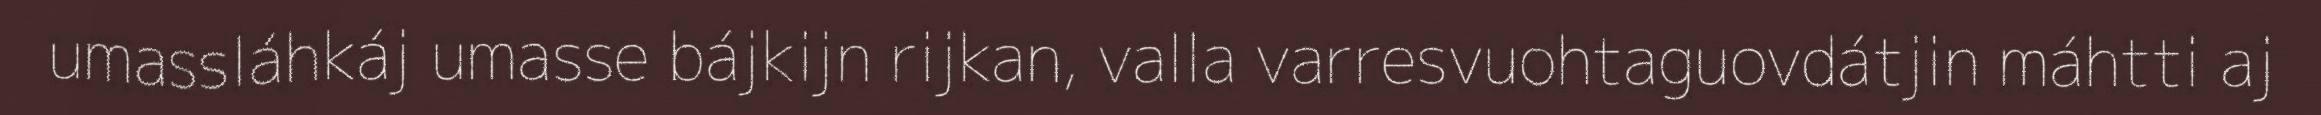
umassláhkáj umasse bájkijn rijkan, valla varresvuohtaguovdátjin máhtti aj